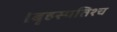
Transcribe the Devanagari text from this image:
।बृहस्पतिश्च